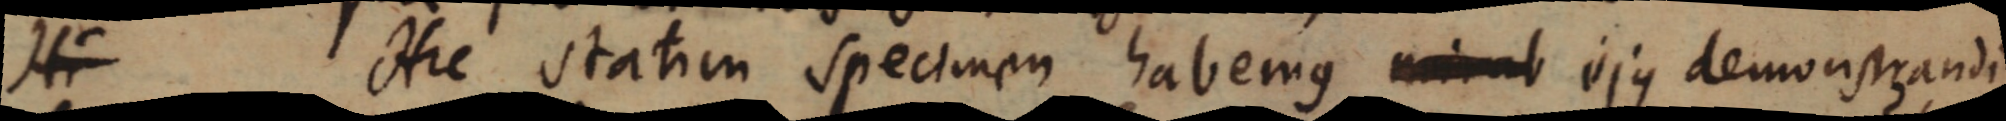
Hi Hic statim specimen habemus _ ujus demonstrandi